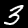
Digit: 3